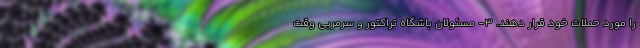
را مورد حملات خود قرار دهند. ۳- مسئولان باشگاه تراکتور و سرمربی وقت